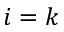
i = k